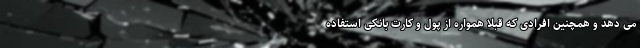
می دهد و همچنین افرادی که قبلا همواره از پول و کارت بانکی استفاده